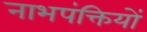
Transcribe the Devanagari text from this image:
नाभपंक्तियों